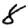
Digit: 8